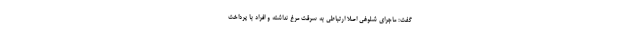
گفت: ماجرای شلوغی اصلا ارتباطی به سرقت مرغ نداشته و افراد با پرداخت